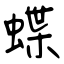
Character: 蝶